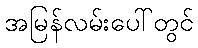
အမြန်လမ်းပေါ်တွင်